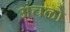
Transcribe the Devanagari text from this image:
अंचळो